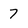
Character: 7